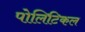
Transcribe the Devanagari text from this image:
पोलिटिकल